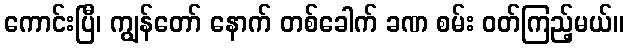
ကောင်းပြီ၊ ကျွန်တော် နောက် တစ်ခေါက် ခဏ စမ်း ဝတ်ကြည့်မယ်။